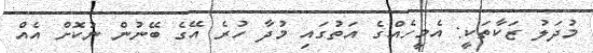
މުދަލު ޒަކާތަކީ: އެމީހެއްގެ އަތުގައި މުދާ ހުރެ އޭގެ ބޭނުން ނުކޮށް އެއް